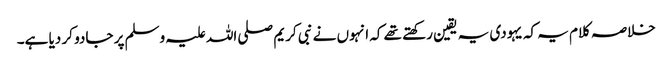
خلاصہ کلام یہ کہ یہودی یہ یقین رکھتے تھے کہ انہوں نے نبی کریم صلی اللہ علیہ وسلم پر جادو کر دیا ہے۔